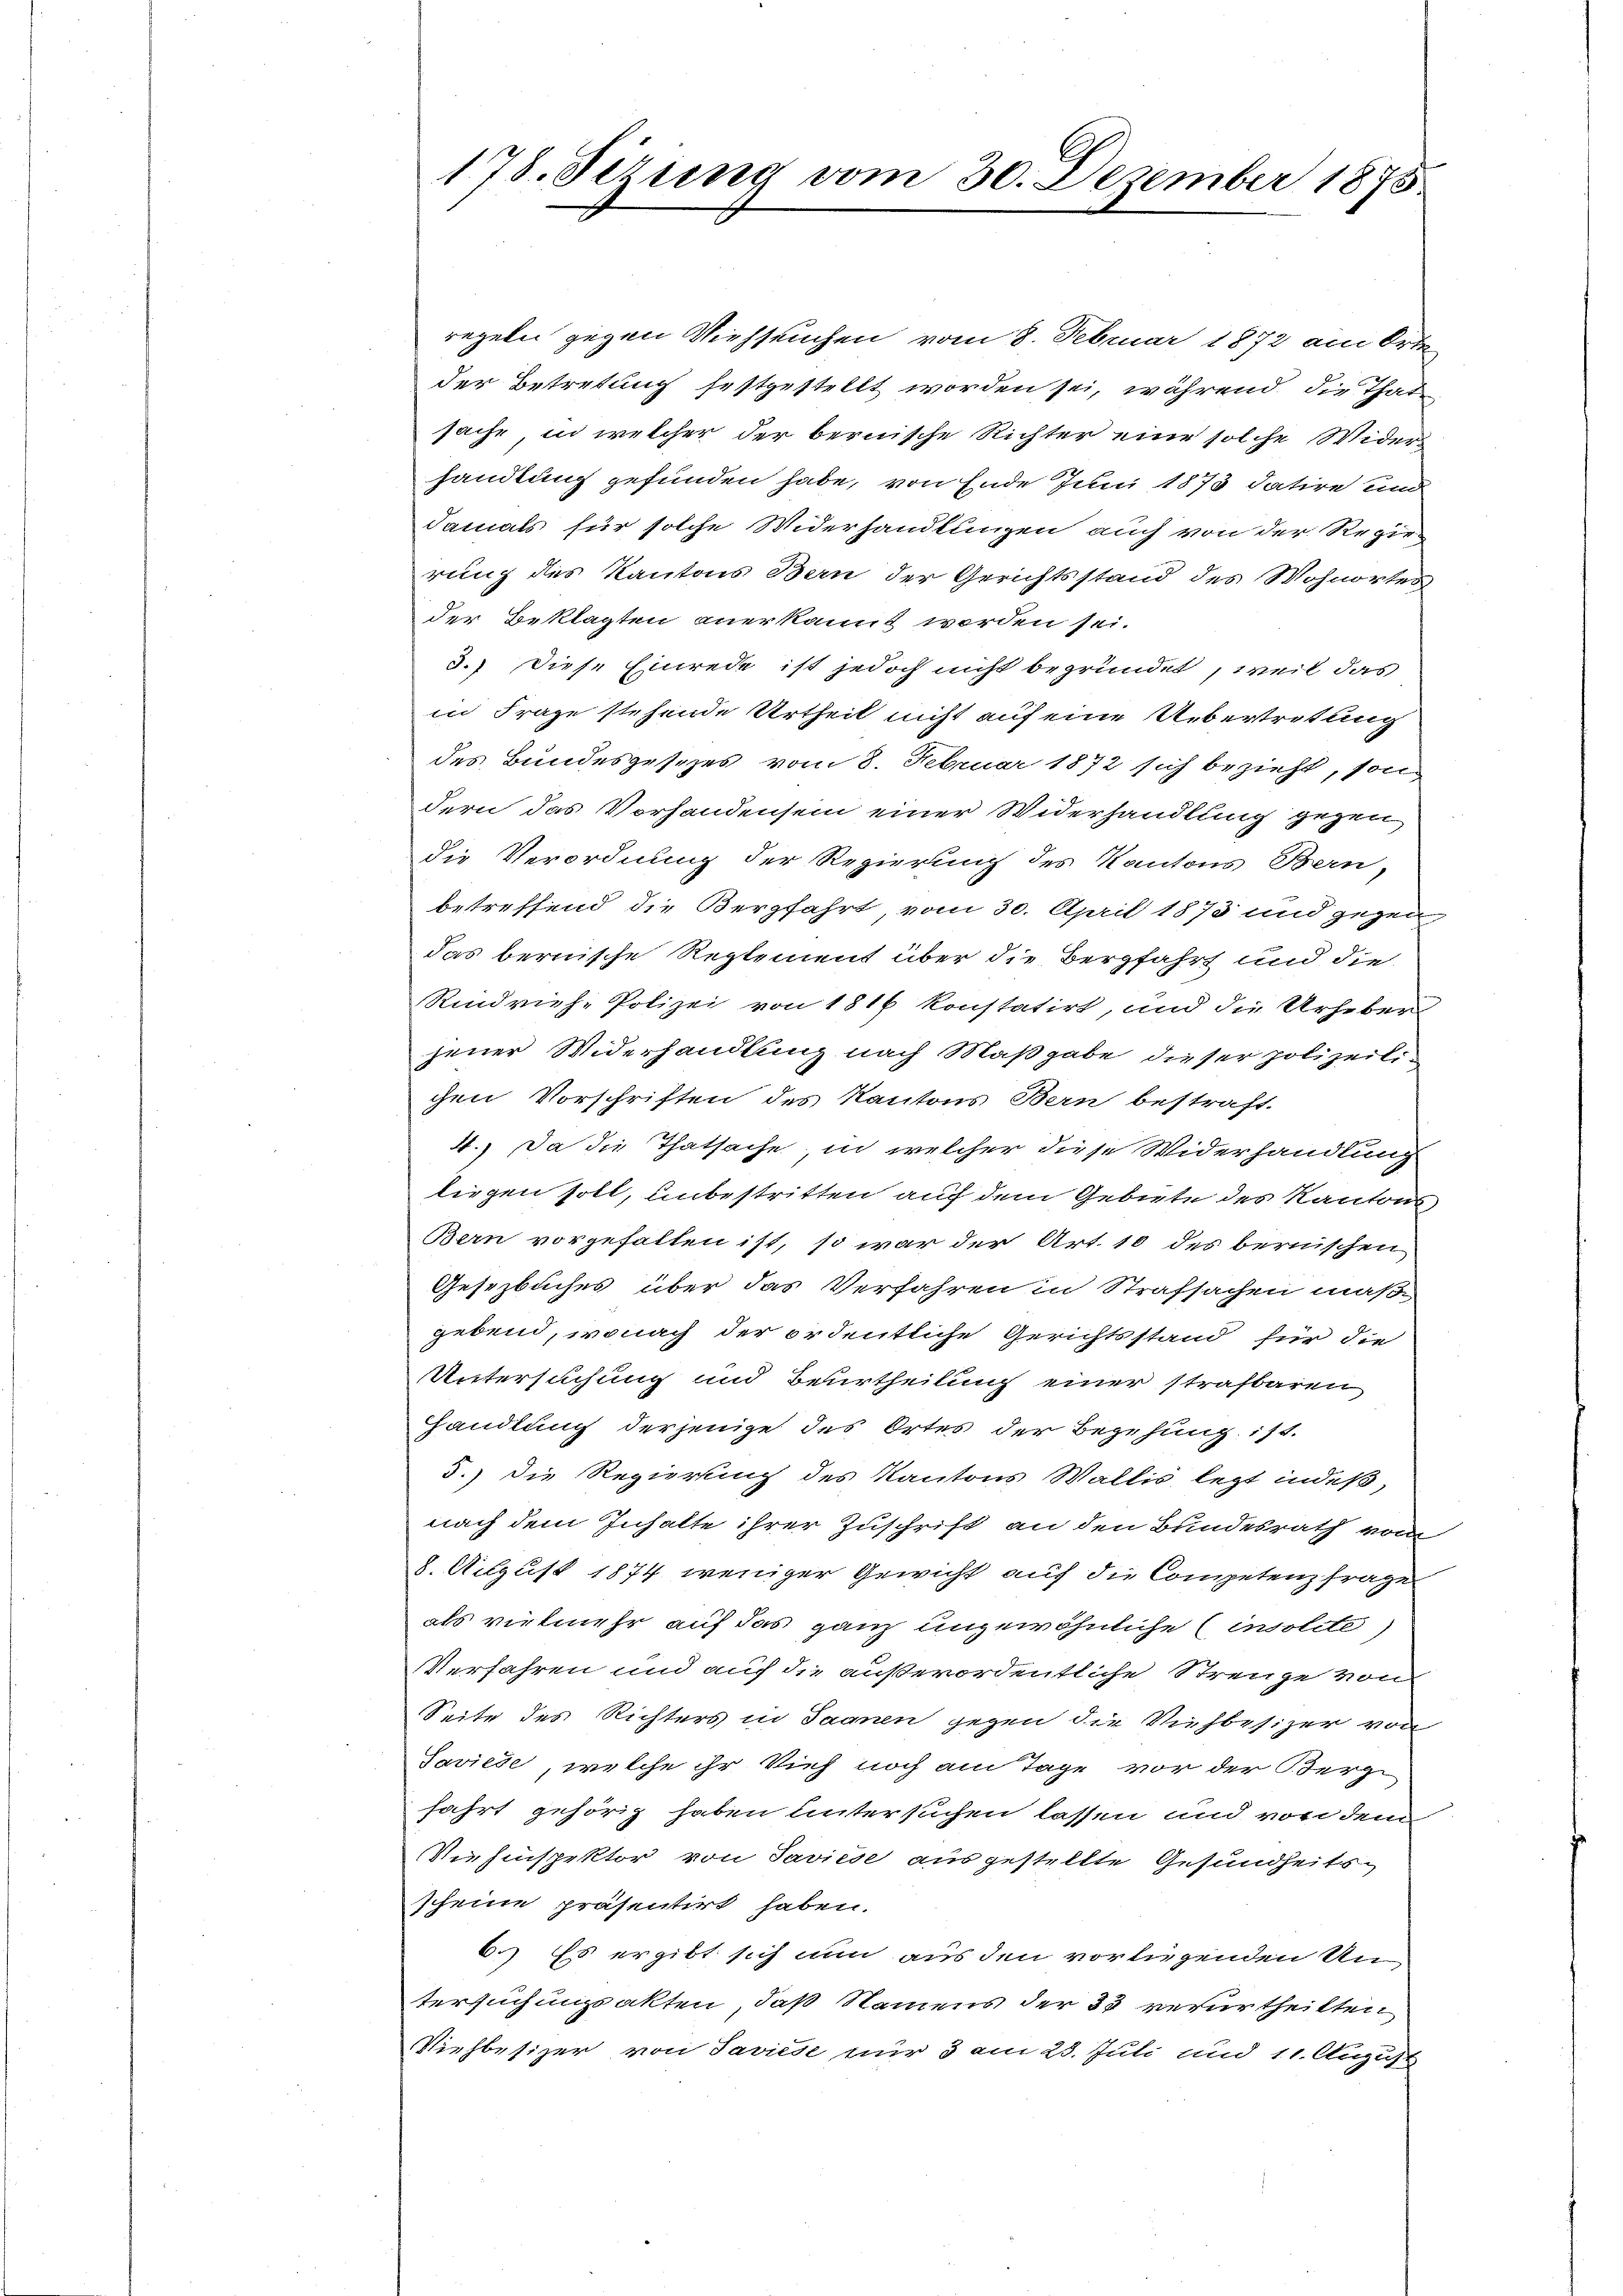
178. Sizung vom 30. Dezember 1875.

regeln gegen Viehseuchen vom 8. Februar 1872 am Orten
der Betretung festgestellt worden sei, während die That
sache, in welcher der bernische Richter eine solche Widerhandlung gefunden habe, von Ende Juni 1873 datire und
damals für solche Widerhandlungen auch von der Regie-
rung des Kantons Bern der Gerichtsstand des Wohnortes
der Beklagten anerkannt worden sei.
3.) Diese Einrede ist jedoch nicht begründet, weil das
in Frage stehende Urtheil nicht auf eine Übertretung
des Bundesgesezes vom 8. Februar 1872 sich bezieht, sondern das Vorhandensein einer Widerhandlung gegen
die Verordnung der Regierung des Kantons Bern,
betreffend die Bergfahrt vom 30. April 1873 und gegen
das bernische Reglement über die Bergfahrt und die
Rindvieh-Polizei von 1816 konstatirt, und die Urheber
jener Widerhandlung nach Maßgabe dieser polizeilichen Vorschriften des Kantons Bern bestraft.
4.) Da die Thatsache, in welcher diese Widerhandlung
liegen soll, unbestritten auf dem Gebiete des Kantons
Bern vorgefallen ist, so war der Art. 10 des bernischen
Gesetzbuches über das Verfahren in Strafsachen maß-
gebend, wonach der ordentliche Gerichtsstand für die
Untersuchung und Beurtheilung einer strafbaren
Handlung derjenige des Ortes der Begehung ist.
3.) Die Regierung des Kantons Wallis, legt indeß,
nach dem Inhalte ihrer Zuschrift an den Bundesrath vom
8. August 1874 weniger Gewicht auf die Competenzfrage
als vielmehr auf das ganz ungewöhnliche (insolite
Verfahren und auf die außerordentliche Strenge von
Seite des Richters in Saanen gegen die Viehbesizer von
Saviede, welche ihr Vieh noch am Tage vor der Berg-
fahrt gehörig haben Untersuchen lassen und von dem
Viehinspektor von Saviese ausgestellte Gesundheitsscheine präsentirt haben.
6.) Es ergibt sich nun aus den vorliegenden Un
tersuchungsakten, daß Namens der 33 verurtheilten
Viehbesizer von Saviese nur 3 am 23. Juli und 11. August